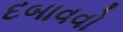
દબાવવો